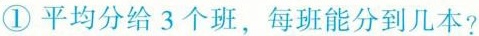
①平均分给3个班，每班能分到几本?